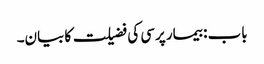
باب : بیمار پرسی کی فضیلت کا بیان۔